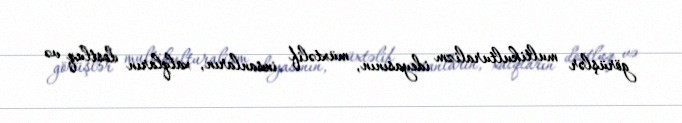
görüşlər multikulturalizm ideyasının, müxtəlif insanların, xalqların dostluq və